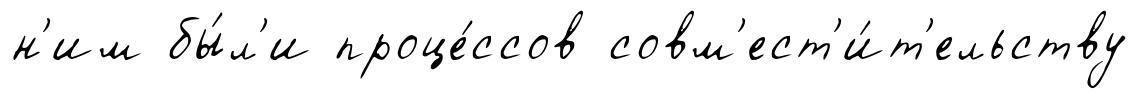
н'им бы́л'и проце́ссов совм'ест'и́т'ельству